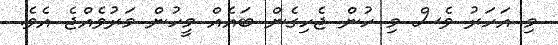
މި އަހަރު ވެސް މި ހުން ޖެހިގެން ބައެއް މީހުން މަރުވެއްޖެ އެވެ.